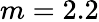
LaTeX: m=2.2